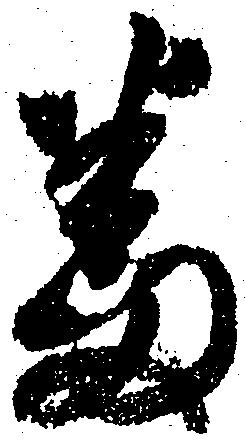
番